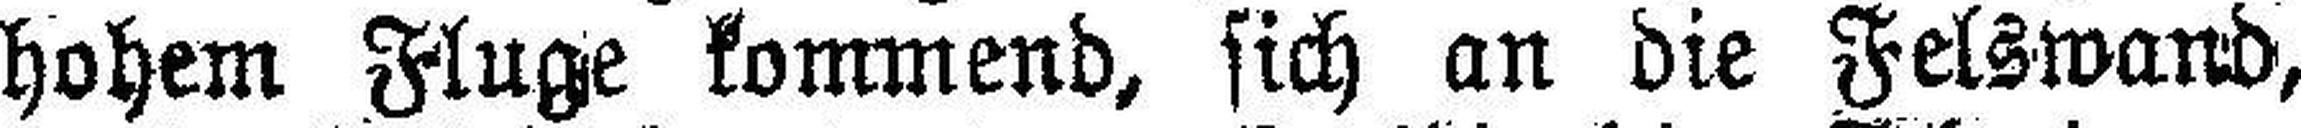
hohem Fluge kommend, sich an die Felswand,